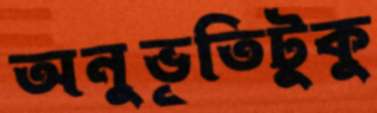
অনুভূতিটুকু